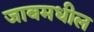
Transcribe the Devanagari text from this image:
जाबमधील